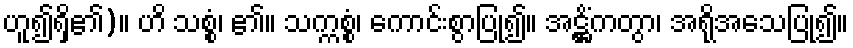
ဟူ၍ရှိ၏)။ ဟိ သစ္စံ၊ ၏။ သက္ကစ္စံ၊ ကောင်းစွာပြု၍။ အဋ္ဌိံကတွာ၊ အရိုအသေပြု၍။